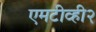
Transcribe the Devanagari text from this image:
एमटीव्ही२